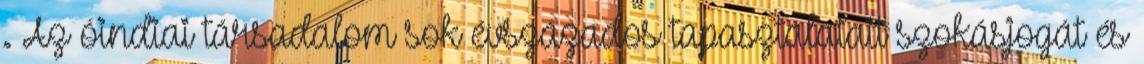
. Az óindiai társadalom sok évszázados tapasztalatait szokásjogát és